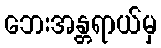
ဘေးအန္တရာယ်မှ